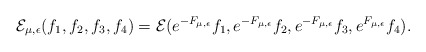
\begin{align*}{\mathcal E}_{\mu, \epsilon}(f_1,f_2,f_3,f_4) =\mathcal E(e^{-F_{\mu, \epsilon}}f_1,e^{-F_{\mu, \epsilon}}f_2,e^{-F_{\mu, \epsilon}}f_3,e^{F_{\mu, \epsilon}}f_4). \end{align*}